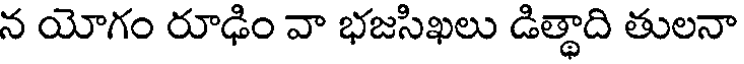
న యోగం రూఢిం వా భజసిఖలు డిత్థాది తులనా